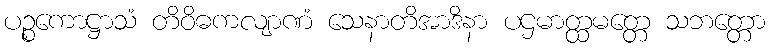
ပဉ္စကောဋ္ဌာသံ တိဝိဓကလျာဏံ သေနာတိအာဒိနာ ပဌမာတ္ထမတ္တေ သဘတ္တော